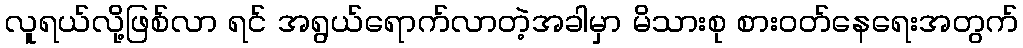
လူရယ်လို့ဖြစ်လာ ရင် အရွယ်ရောက်လာတဲ့အခါမှာ မိသားစု စားဝတ်နေရေးအတွက်